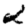
Digit: 2